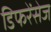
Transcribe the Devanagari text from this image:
डिफरेंसेज